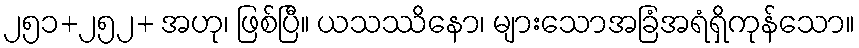
၂၅၁+၂၅၂+ အဟု၊ ဖြစ်ပြီ။ ယသဿိနော၊ များသောအခြံအရံရှိကုန်သော။